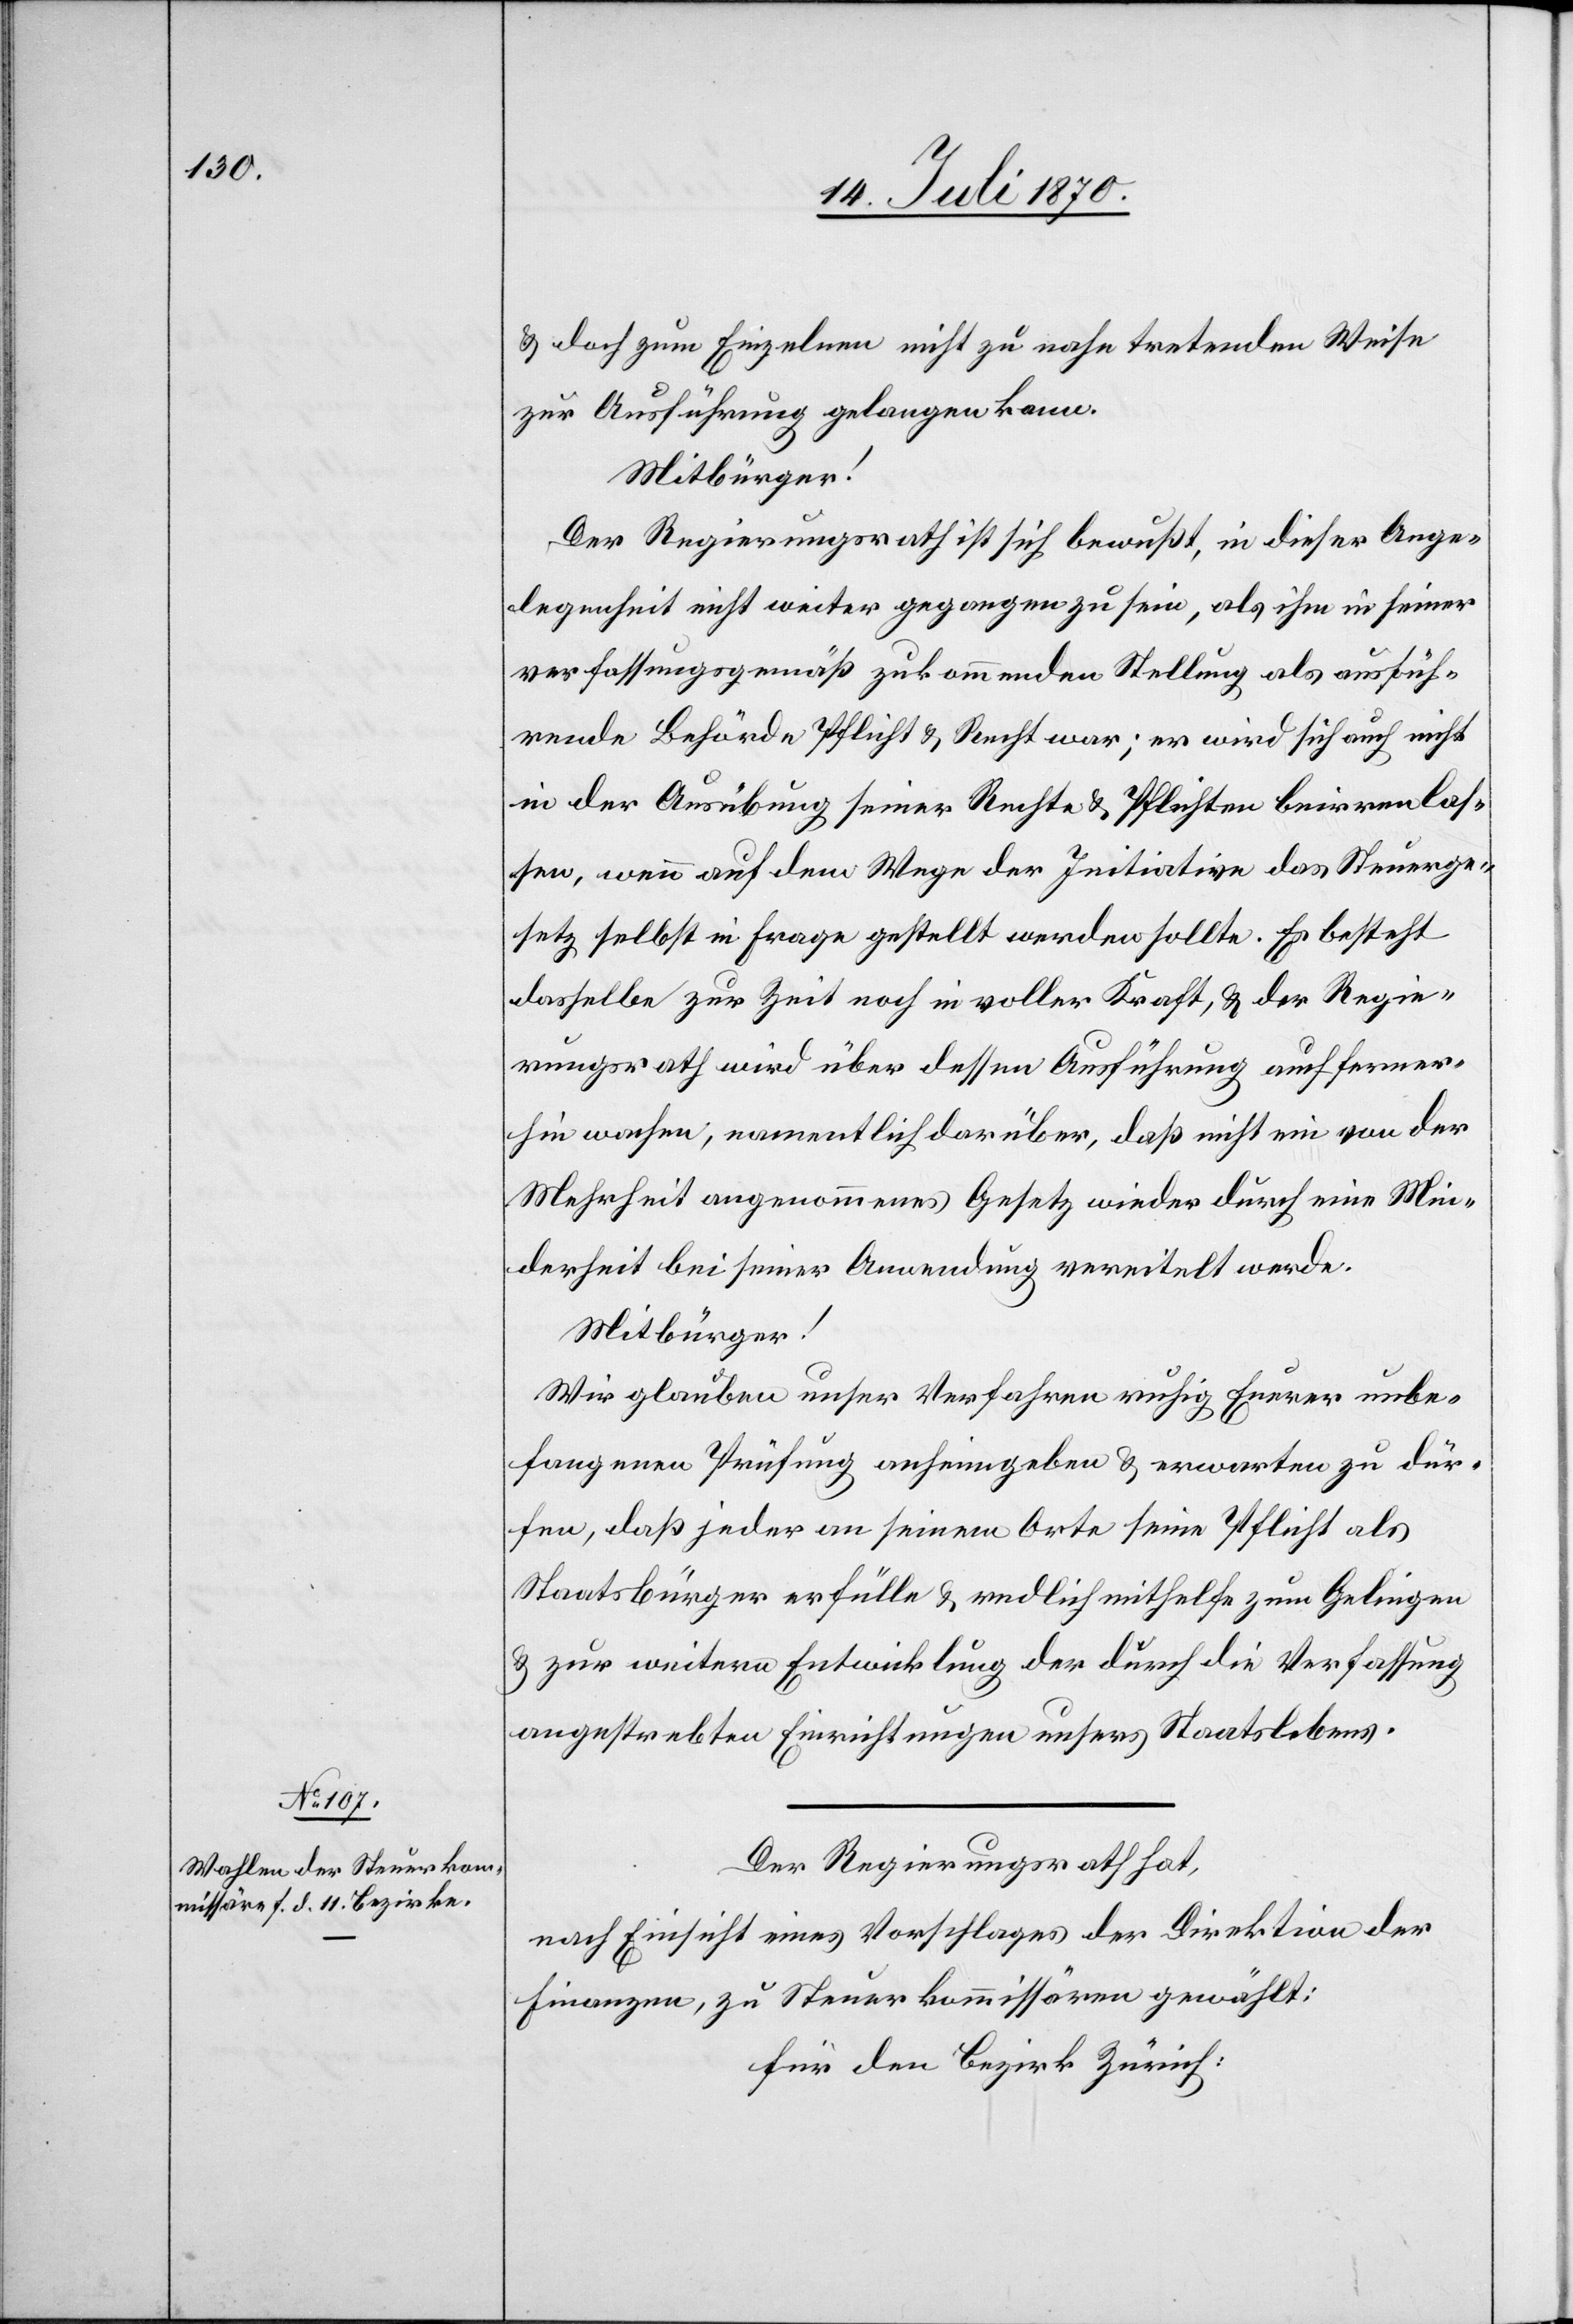
& doch zum Einzelnen nicht zu nahe tretenden Weise
zu Ausführung gelangen kann.
Mitbürger!
Der Regierungsrath ist sich bewußt, in dieser Ange¬
legenheit nicht weiter gegangen zu sein, als ihm in seiner
verfassungsgemäß zukommenden Stellung als ausfüh¬
rende Behörde Pflicht & Recht war; er wird sich auch nicht
in der Ausübung seiner Rechte & Pflichten beirren las¬
sen, wenn auf dem Wege der Initiative das Steuerge¬
setz selbst in Frage gestellt werden sollte. Es besteht
dasselbe zur Zeit noch in voller Kraft, & der Regie¬
rungsrath wird über dessen Ausführung auch ferner¬
hin wachen, namentlich darüber, daß nicht ein von der
Mehrheit angenommenes Gesetz wieder durch eine Min¬
derheit bei seiner Anwendung vereitelt werde.
Mitbürger!
Wir glauben unser Verfahren ruhig Euerer unbe¬
fangenen Prüfung anheimgeben & erwarten zu dür¬
fen, daß jeder an seinem Orte seine Pflicht als
Staatsbürger erfülle & endlich mithelfe zu Gelingen
& zur weitern Entwicklung der durch die Verfassung
angestrebten Einrichtungen unserer Staatslebens.
Der Regierungsrath hat,
nach Einsicht eines Vorschlages der Direktion der
Finanzen, zu Steuerkommissären gewählt:
Für den Bezirk Zürich: